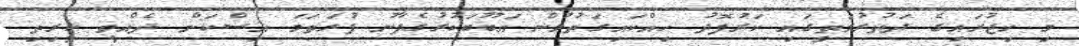
މި ހިޖުރައިގެ ދަތުރުމަތީގައި ކަރުފޮދު ހިއްކައިގަތުމުން އަބޫބަކުރުގެފާނު ފުރަތަމަ އިސްކަން ދެއްވީ ކީރިތި